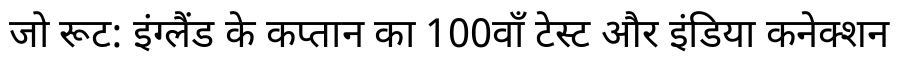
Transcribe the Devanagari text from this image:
जो रूट: इंग्लैंड के कप्तान का 100वाँ टेस्ट और इंडिया कनेक्शन